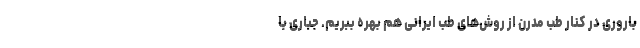
باروری در کنار طب مدرن از روش‌های طب ایرانی هم بهره ببریم. جباری با